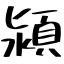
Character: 潁